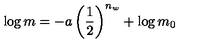
\log m = - a \left( \frac { 1 } { 2 } \right) ^ { n _ { w } } + \log m _ { 0 }